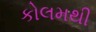
કોલમથી